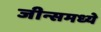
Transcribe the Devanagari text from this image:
जीन्समध्ये